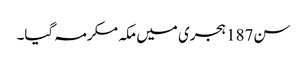
سن187 ہجری میں مکہ مکرمہ گیا۔